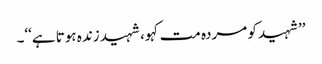
’’شہید کو مردہ مت کہو، شہید زندہ ہوتا ہے‘‘۔